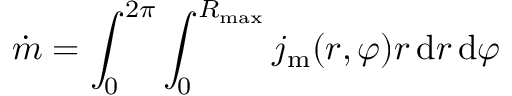
\dot { m } = \int _ { 0 } ^ { 2 \pi } \int _ { 0 } ^ { R _ { \mathrm { m a x } } } j _ { \mathrm { m } } ( r , \varphi ) r \, \mathrm { d } r \, \mathrm { d } \varphi